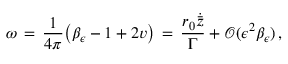
\omega \, = \, \frac { 1 } { 4 \pi } \bigl ( \beta _ { \epsilon } - 1 + 2 v \bigr ) \, = \, \frac { r _ { 0 } \dot { \bar { z } } } { \Gamma } + \mathcal { O } ( \epsilon ^ { 2 } \beta _ { \epsilon } ) \, ,